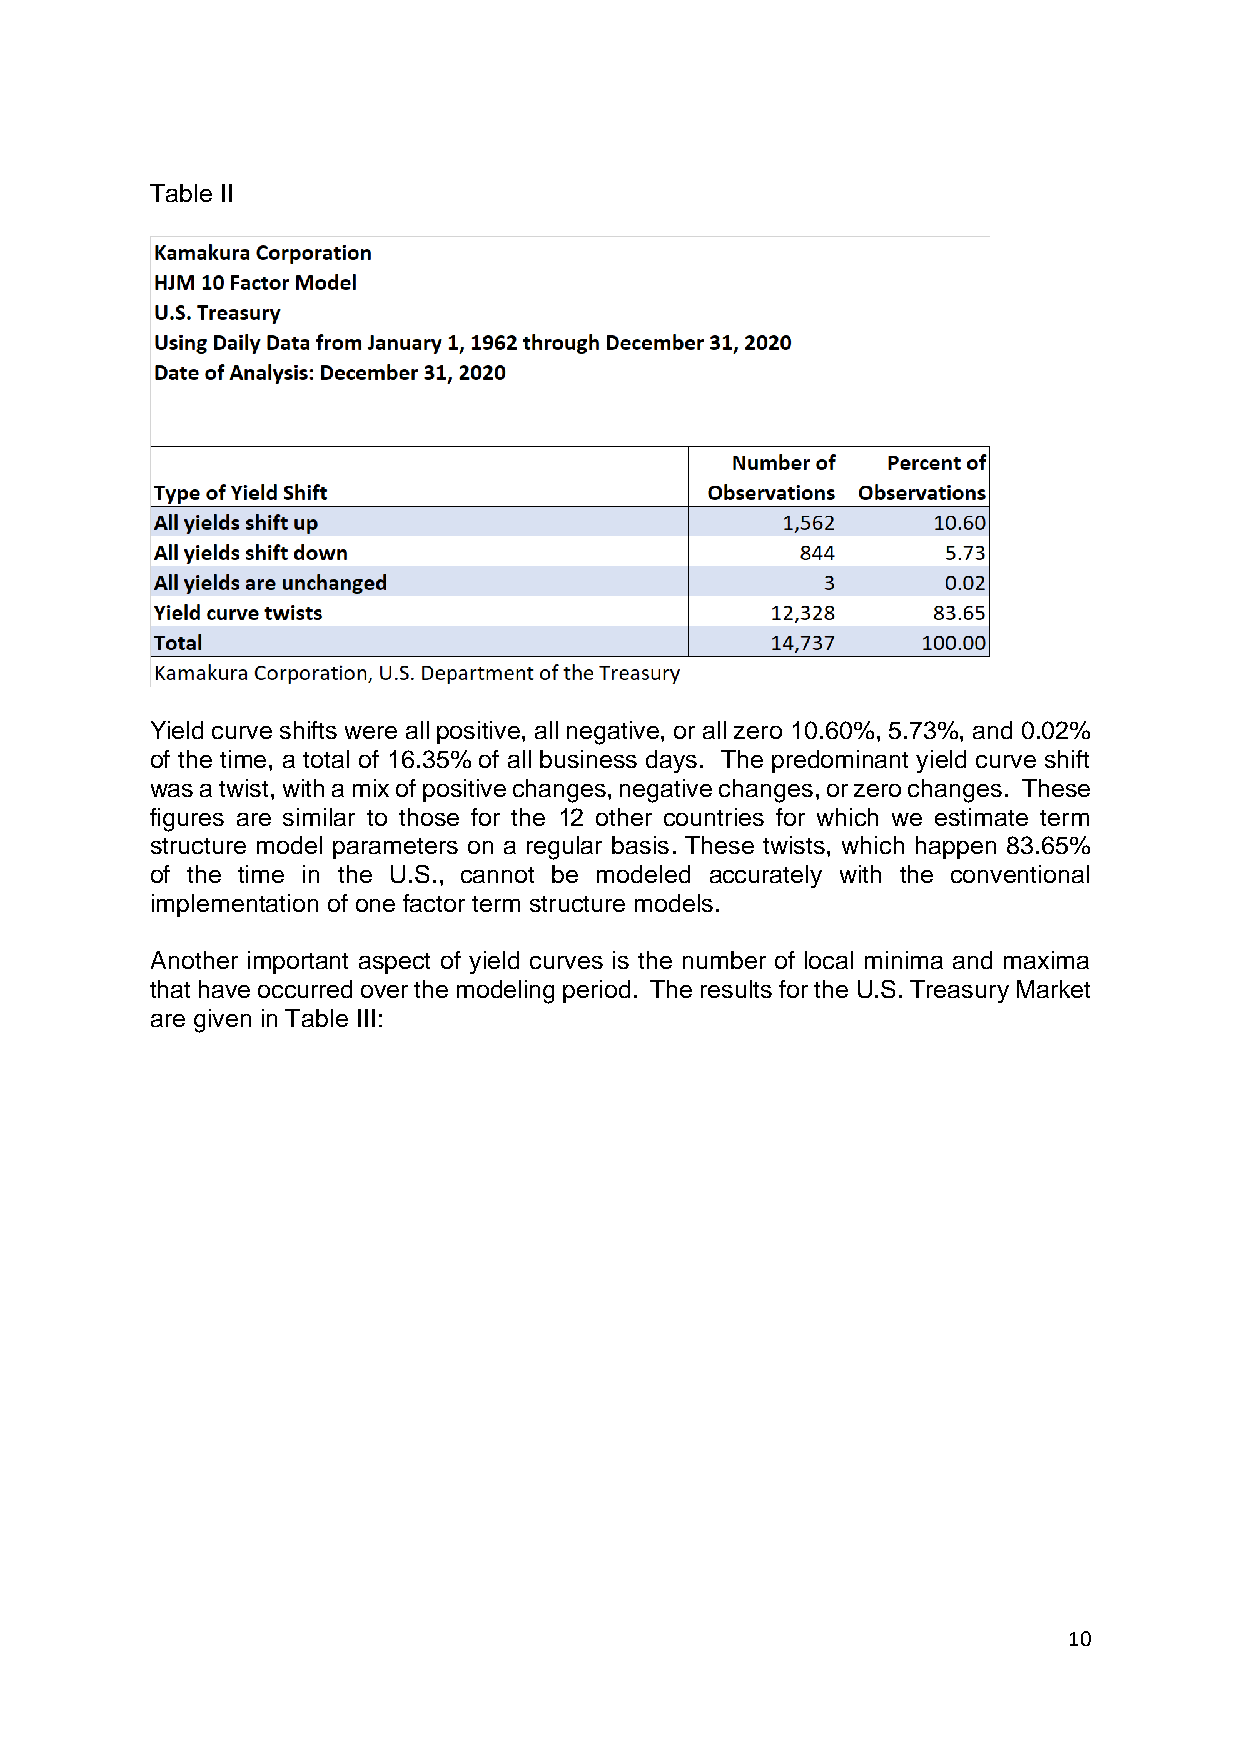
Table II
 Yield curve shifts were all positive, all negative, or all zero 10.60%, 5.73%, and 0.02%
 of the time, a total of 16.35% of all business days. The predominant yield curve shift
 was a twist, with a mix of positive changes, negative changes, or zero changes. These
 figures are similar to those for the 12 other countries for which we estimate term
 structure model parameters on a regular basis. These twists, which happen 83.65%
 of the time in the U.S., cannot be modeled accurately with the conventional
 implementation of one factor term structure models.
 Another important aspect of yield curves is the number of local minima and maxima
 that have occurred over the modeling period. The results for the U.S. Treasury Market
 are given in Table III:
 10